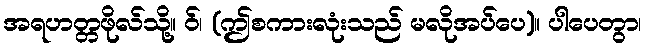
အရဟတ္တဖိုလ်သို့။ ဝ်၊ (ဤစကားလုံးသည် မလိုအပ်ပေ)။ ပါပေတွာ၊